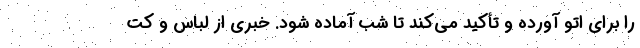
را برای اتو آورده و تأکید می‌کند تا شب آماده شود. خبری از لباس و کت